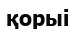
қорыі